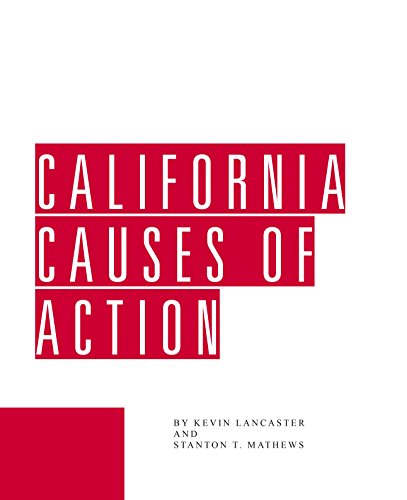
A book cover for California Causes of Action; Stanton T. Mathews; Law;